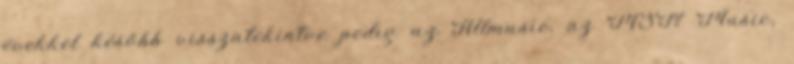
évekkel később visszatekintve pedig az Allmusic, az MSN Music,